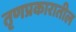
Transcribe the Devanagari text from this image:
तृणप्रकारातील